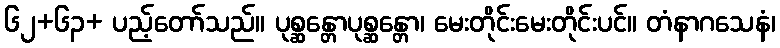
၆၂+၆၃+ ပည့်တော်သည်။ ပုစ္ဆန္တောပုစ္ဆန္တော၊ မေးတိုင်းမေးတိုင်းပင်။ တံနာဂသေနံ၊